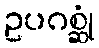
ဥပဂစ္ဆုံ